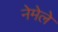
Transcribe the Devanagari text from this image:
नेमेले